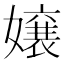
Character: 嬢